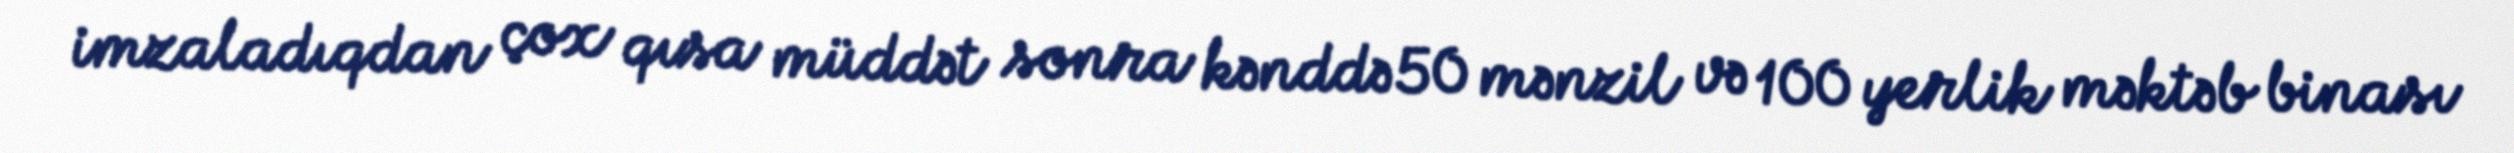
imzaladıqdan çox qısa müddət sonra kənddə 50 mənzil və 100 yerlik məktəb binası